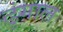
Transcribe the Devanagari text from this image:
ढुंगाल